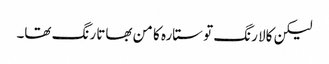
لیکن کالا رنگ تو ستارہ کا من بھاتا رنگ تھا۔